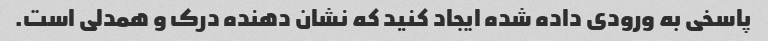
پاسخی به ورودی داده شده ایجاد کنید که نشان دهنده درک و همدلی است.